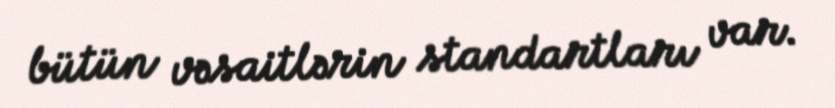
bütün vəsaitlərin standartları var.